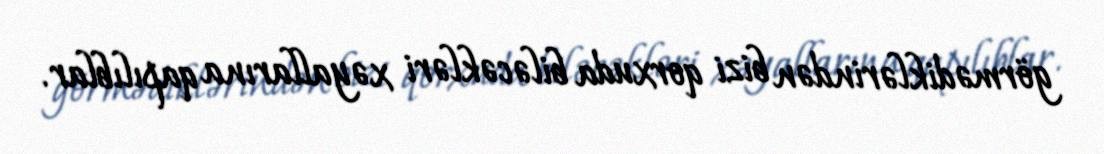
görmədiklərindən bizi qorxuda biləcəkləri xəyallarına qapılıblar.